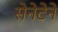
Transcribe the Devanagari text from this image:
सेनेटेने